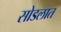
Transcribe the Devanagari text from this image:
सोडलात